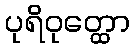
ပုရိဝုတ္ထော